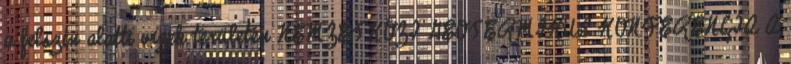
a felszín alatti vizek területén NEMZETKÖZI GEOTERMIKUS KONFERENCIA A